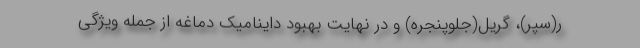
ر(سپر)، گریل(جلوپنجره) و در نهایت بهبود داینامیک دماغه از جمله ویژگی